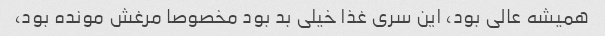
همیشه عالی بود، این سری غذا خیلی بد بود مخصوصا مرغش مونده بود،